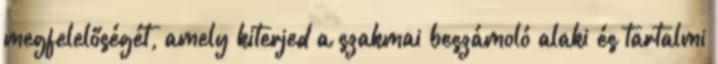
megfelelőségét, amely kiterjed a szakmai beszámoló alaki és tartalmi